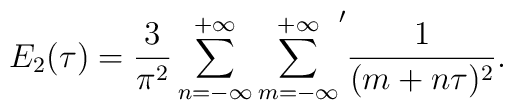
E_{2}(\tau)=\frac{3}{\pi^{2}}\sum_{n=-\infty}^{+\infty} {\sum_{m=-\infty}^{+\infty}}' \frac{1}{(m+n\tau)^{2}}.